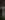
: